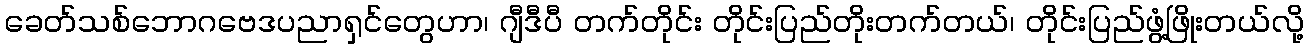
ခေတ်သစ်ဘောဂဗေဒပညာရှင်တွေဟာ၊ ဂျီဒီပီ တက်တိုင်း တိုင်းပြည်တိုးတက်တယ်၊ တိုင်းပြည်ဖွံ့ဖြိုးတယ်လို့